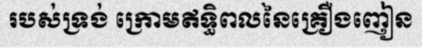
របស់ទ្រង់ ក្រោមឥទ្ធិពលនៃគ្រឿងញៀន